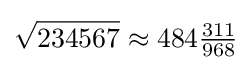
{\sqrt {234567}}\approx 484{\tfrac {311}{968}}